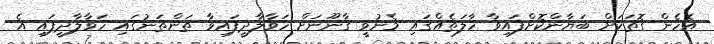
އެހެން ގޮތަކަށް ބަޔާންކޮށްފައިވާ ހާލަތެއްގައި މެނުވީ ޤާނޫނަށް ހަވާލާދީފައިވާ ތަންތަނުގައި ހަވާލާދީފައި އެ